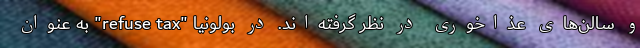
و سالن‌های عذاخوری در نظر گرفته‌اند. در بولونیا "refuse tax" به عنوان